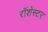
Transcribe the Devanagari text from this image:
रॉशेस्टर